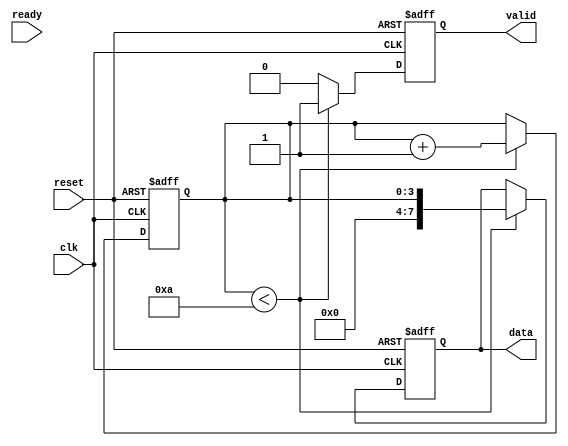
module producer (
    input wire clk,
    input wire reset,
    output reg valid,
    output reg [7:0] data, // Assuming 8-bit data
    input wire ready
);
    reg [3:0] count; // Example counter for data generation

    always @(posedge clk or posedge reset) begin
        if (reset) begin
            valid <= 0;
            data <= 8'b0;
            count <= 0;
        end else begin
            if (count < 10) begin // Example condition to generate data
                data <= count; // Generate data
                valid <= 1; // Assert valid signal
                count <= count + 1;
            end else begin
                valid <= 0; // Deassert valid signal when done
            end
        end
    end
endmodule